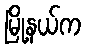
မြို့နယ်က